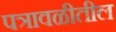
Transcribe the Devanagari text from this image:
पत्रावळीतील